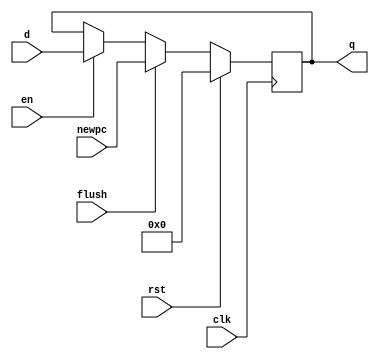
`timescale 1ns / 1ps

//https://github.com/JF2098/A-simple-MIPS-CPU/tree/master/rtl
module pcflopenrc #(parameter WIDTH = 8)(
    input wire clk,rst,en,flush,
    input wire[WIDTH-1:0] d,
    input wire[WIDTH-1:0] newpc,
    output reg[WIDTH-1:0] q
    );

initial begin
    q<=32'hbfc00000;
end

always @(posedge clk) begin
    if(rst)
        q <= 32'hbfc00000;
    else if(flush)
        q <= newpc;
    else if(en)
        q <= d;
    else
        q <= q;
end
endmodule